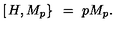
\left[ \left. H , M _ { p } \right\} \right. \ = \ p M _ { p } .